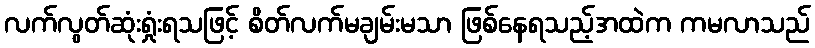
လက်လွတ်ဆုံးရှုံးရသဖြင့် စိတ်လက်မချမ်းမသာ ဖြစ်နေရသည့်အထဲက ကမလာသည်